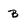
Character: B